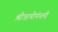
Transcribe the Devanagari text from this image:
श्रीऋषीपंचमी